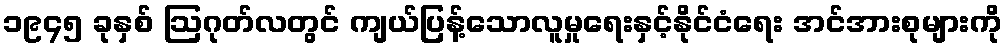
၁၉၄၅ ခုနှစ် ဩဂုတ်လတွင် ကျယ်ပြန့်သောလူမှုရေးနှင့်နိုင်ငံရေး အင်အားစုများကို